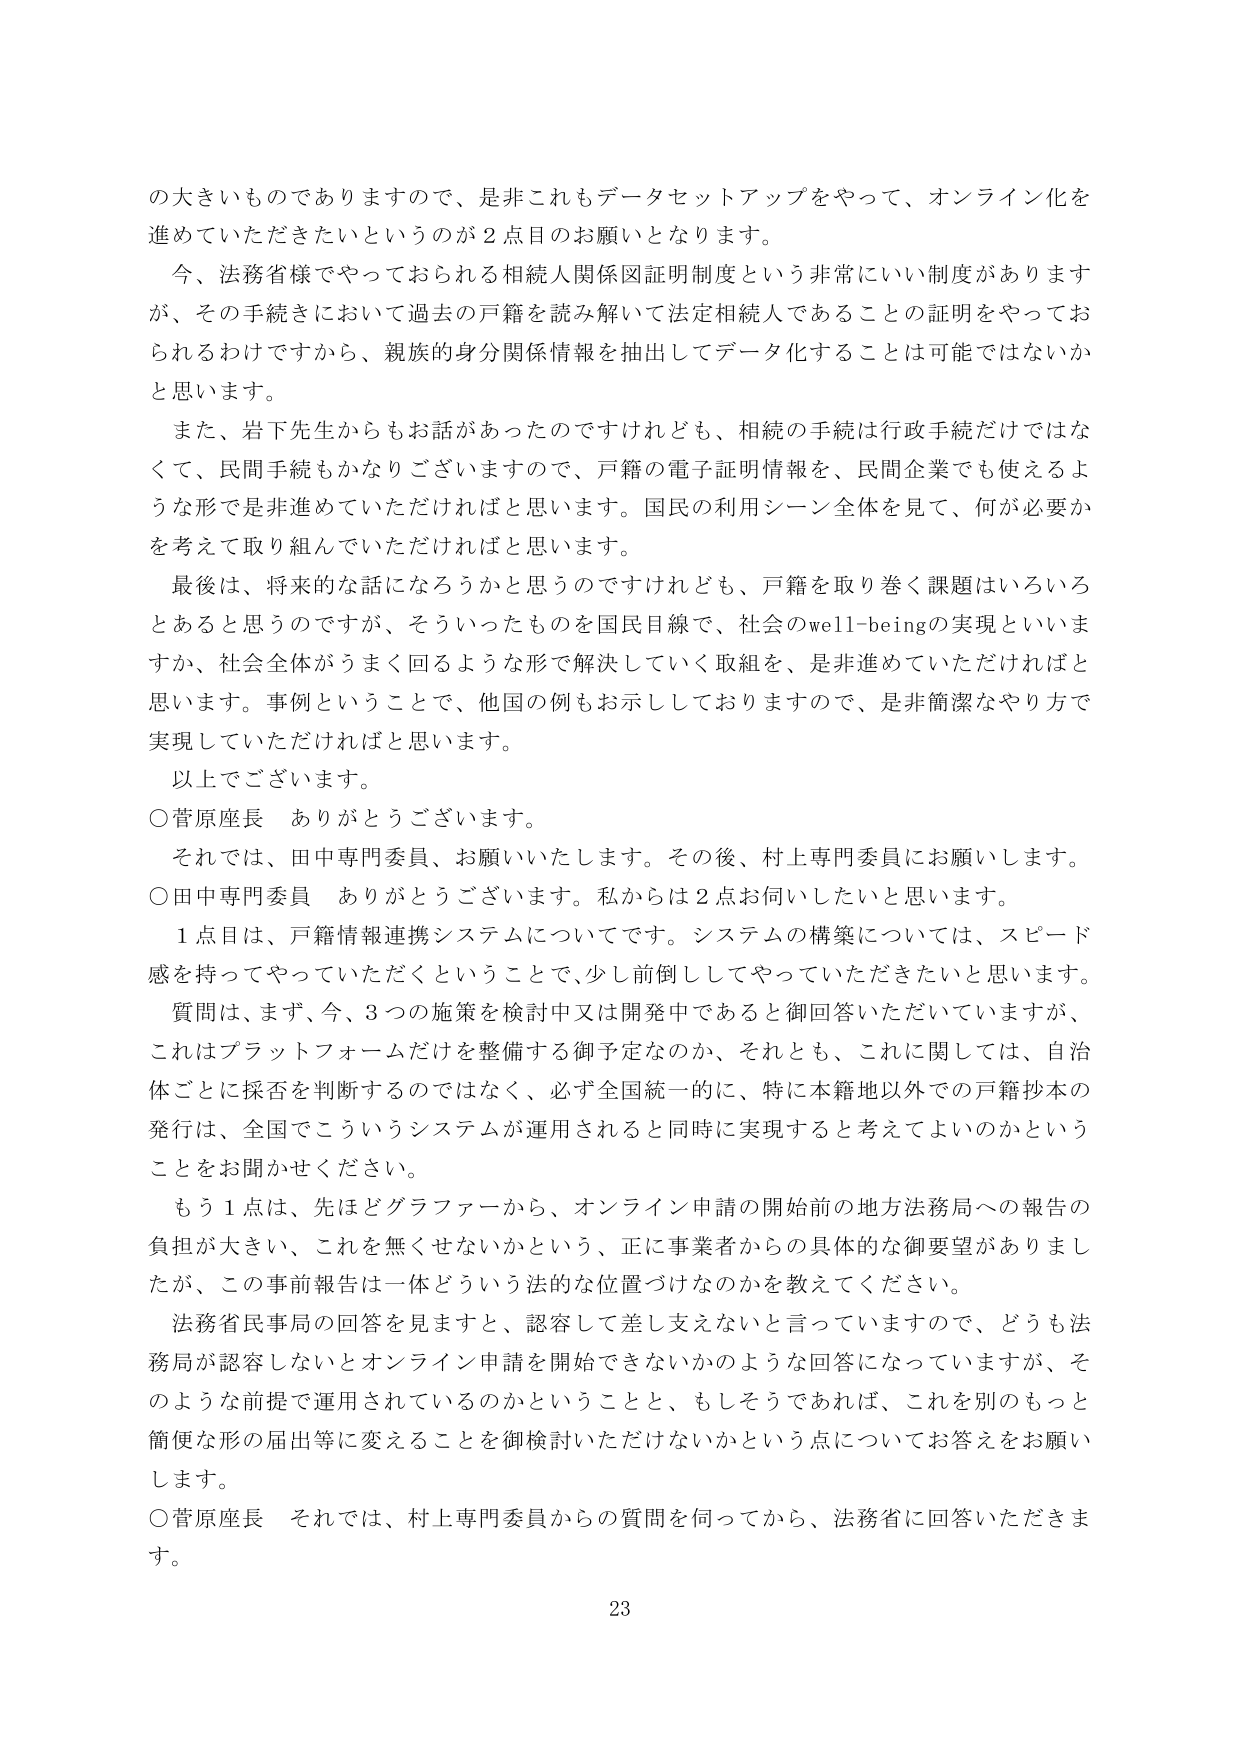
の大きいものでありますので、是非これもデータセットアップをやって、オンライン化を
進めていただきたいというのが２点目のお願いとなります。
今、法務省様でやっておられる相続人関係図証明制度という非常にいい制度があります
が、その手続きにおいて過去の戸籍を読み解いて法定相続人であることの証明をやってお
られるわけですから、親族の身分関係情報を抽出してデータ化することは可能ではないか
と思います。
また、岩下先生からもお話があったのですけれども、相続の手続は行政手続だけではな
くて、民間手続もかなりございますので、戸籍の電子証明情報を、民間企業でも使えるよ
うな形では非進めていただければと思います。国民の利用シーン全体を見て、何が必要か
を考えて取り組んでいただければと思います。
最後は、将来的な話になろうかと思うのですけれども、戸籍を取り巻く課題はいろいろ
とあると思うのですが、そういったものを国民目線で、社会のwell-beingの実現といいま
すか、社会全体がうまく回るような形で解決していく取組を、是非進めていただければと
思います。事例ということで、他国の例もお示ししておりますので、是非簡潔なやり方で
実現していただければと思います。
以上でございます。
○菅原座長　ありがとうございます。
それでは、田中専門委員、お願いいたします。その後、村上専門委員にお願いします。
○田中専門委員　ありがとうございます。私からは２点お伺いしたいと思います。
１点目は、戸籍情報連携システムについてです。システムの構築については、スピード
感を持ってやっていただきということで、少し前倒ししてやっていただきたいと思います。
質問は、まず、今、３つの施策を検討中又は開発中であると御回答いただいていますが、
これはプラットフォームだけを整備する御予定なのか、それとも、これに関しては、自治
体ごとに採否を判断するのではなく、必ず全国統一的に、特に本籍地以外での戸籍抄本の
発行は、全国でこういうシステムが運用されると同時に実現すると考えてよいのかという
ことをお聞かせください。
もう１点は、先ほどグラファーから、オンライン申請の開始前の地方法務局への報告の
負担が大きい、これを無くせないかという、正に事業者からの具体的な御要望がありまし
たが、この事前報告は一体どういう法的な位置づけなのかを教えてください。
法務省民事局の回答を見ますと、認容して差し支えないと言っていますので、どうも法
務局が認容しないとオンライン申請を開始できないかのような回答になっていますが、そ
のような前提で運用されているのかということと、もしそうであれば、これを別のもっと
簡便な形の届出等に変えることを御検討いただけないかという点についてお答えをお願い
します。
○菅原座長　それでは、村上専門委員からの質問を伺ってから、法務省に回答いただきま
す。
23